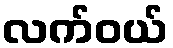
လက်ဝယ်